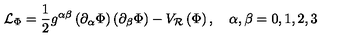
\mathcal { L } _ { \Phi } = \frac { 1 } { 2 } g ^ { \alpha \beta } \left( \partial _ { \alpha } \Phi \right) \left( \partial _ { \beta } \Phi \right) - V _ { \mathcal { R } } \left( \Phi \right) , \quad \alpha , \beta = 0 , 1 , 2 , 3